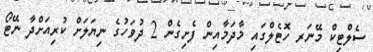
ސެލްޓިކް މޭނަރ ހޮޓެލްގައި މާދަމާއިން ފެށިގެން 2 ދުވަހުގެ ނިޔަލަށް ކުރިއަށްދާ ނޭޓޯ